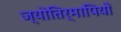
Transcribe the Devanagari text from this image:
ज्योतिर्मापियों